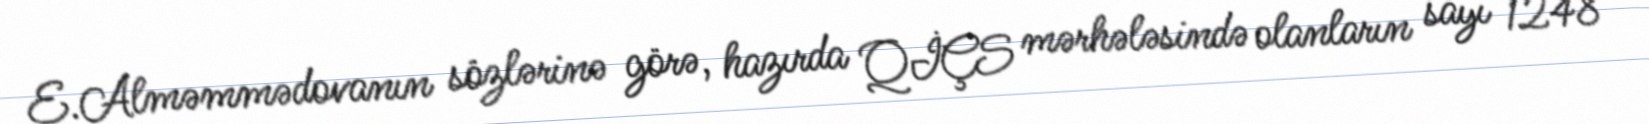
E.Alməmmədovanın sözlərinə görə, hazırda QİÇS mərhələsində olanların sayı 1248